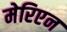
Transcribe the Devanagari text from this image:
मेरिएन